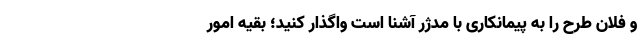
و فلان طرح را به پیمانکاری با مدژر آشنا است واگذار کنید؛ بقیه امور